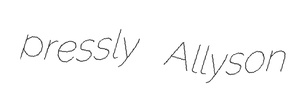
pressly Allyson